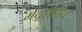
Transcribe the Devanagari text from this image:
मेंयूरोपीय